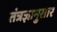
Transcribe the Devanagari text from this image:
तंत्रज्ञानुसार